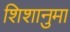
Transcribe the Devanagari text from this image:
शिशानुमा